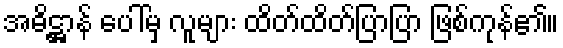
အဓိဋ္ဌာန် ပေါ်မှ လူများ ထိတ်ထိတ်ပြာပြာ ဖြစ်ကုန်၏။